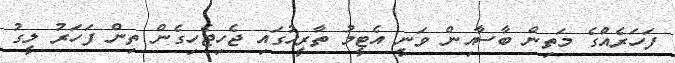
ފަހަރެއްގެ މަތިން ބާސާއިން ވަނީ އެޓީމު ތާރީހުގައި ޖެހިޖެހިގެން ތިން ފަހަރު ލީގު